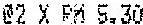
@2 X RM 5.30